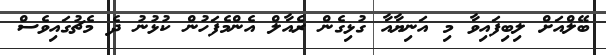
ބޭލްއަށް ލިބިފައިވާ މި އަނިޔާއާ ގުޅިގެން ރެއާލް އެންމެފަހުން ކުޅުނު ދެ މެޗުގައިވެސް